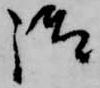
御